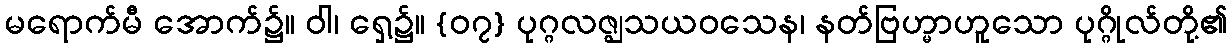
မရောက်မီ အောက်၌။ ဝါ၊ ရှေ့၌။ {၀၇} ပုဂ္ဂလဇ္ဈသယဝသေန၊ နတ်ဗြဟ္မာဟူသော ပုဂ္ဂိုလ်တို့၏